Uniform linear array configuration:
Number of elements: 64
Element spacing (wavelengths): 0.75
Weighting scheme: uniform
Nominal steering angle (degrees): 0
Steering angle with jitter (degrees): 0.8613
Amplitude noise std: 0.05
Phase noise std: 0.05

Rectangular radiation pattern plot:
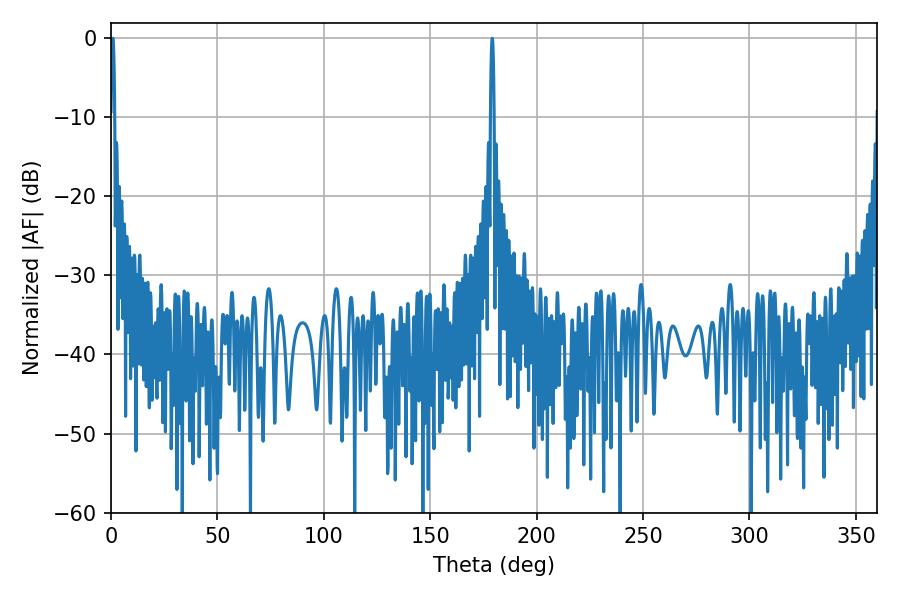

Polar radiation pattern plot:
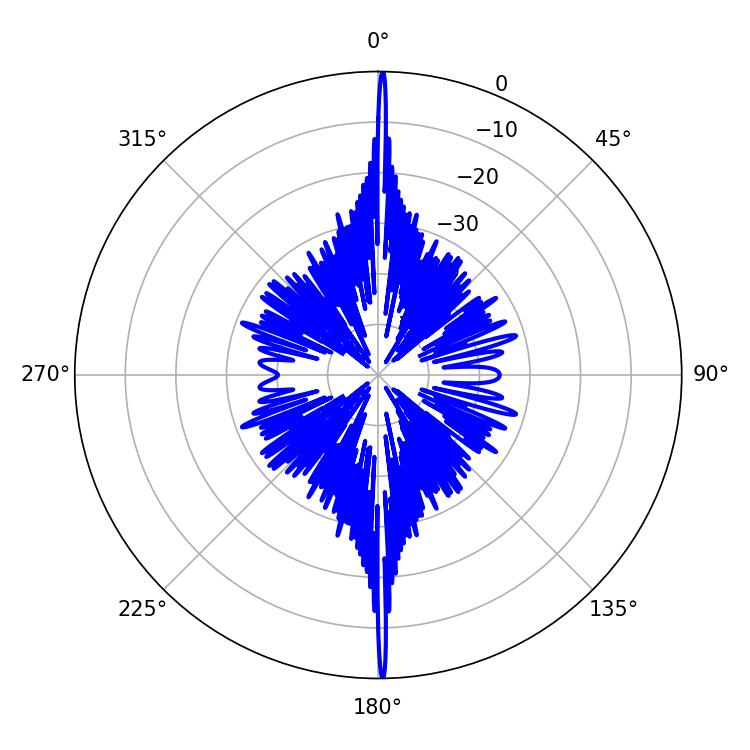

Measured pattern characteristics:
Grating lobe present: TRUE
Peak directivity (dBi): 35.223
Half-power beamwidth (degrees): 0.9
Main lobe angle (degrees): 0.9